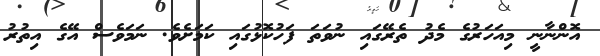
އޮންނާނީ މިއަހަރުގެ މެދު ތެރޭގައި ނުވަތަ ފަހުކޮޅުގައި ކަމަށެވެ. ނަމަވެސް އޭގެ އިތުރު